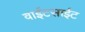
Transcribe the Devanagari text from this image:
वाईटसाईट